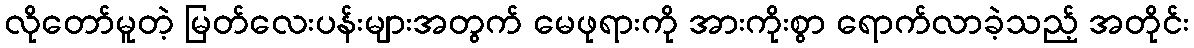
လိုတော်မူတဲ့ မြတ်လေးပန်းများအတွက် မေဖုရားကို အားကိုးစွာ ရောက်လာခဲ့သည့် အတိုင်း